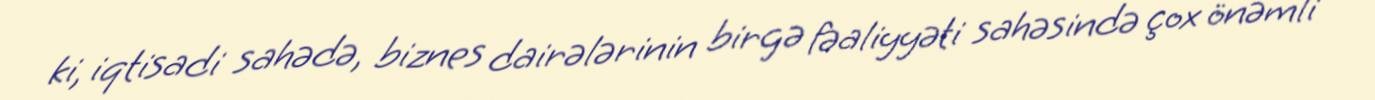
ki, iqtisadi sahədə, biznes dairələrinin birgə fəaliyyəti sahəsində çox önəmli